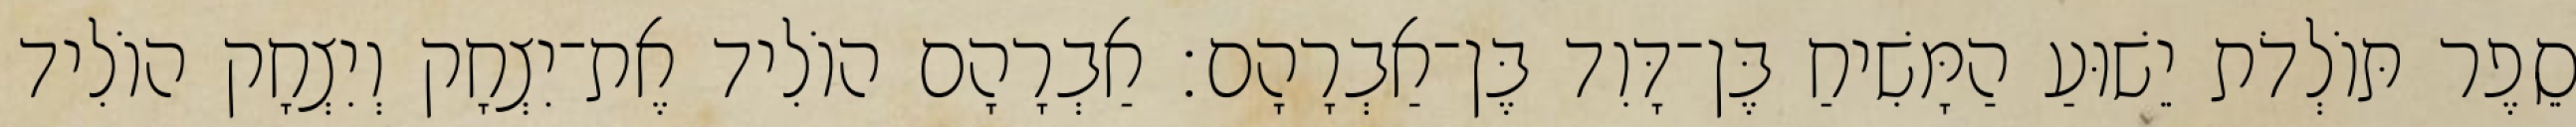
סֵפֶר תּוֹלְדֹת יֵשׁוּעַ הַמָּשִׁיחַ בֶּן־דָּוִד בֶּן־אַבְרָהָם׃ אַבְרָהָם הוֹלִיד אֶת־יִצְחָק וְיִצְחָק הוֹלִיד